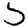
Digit: 5